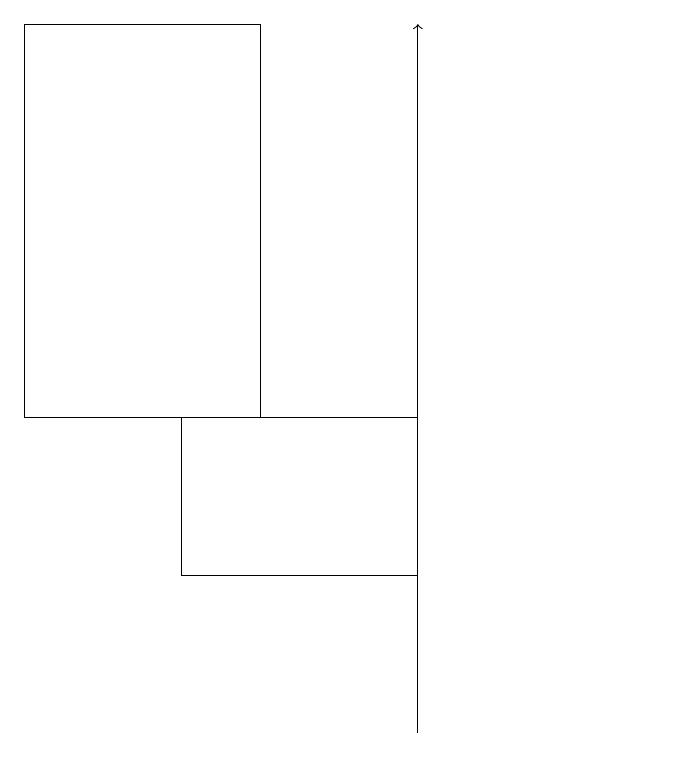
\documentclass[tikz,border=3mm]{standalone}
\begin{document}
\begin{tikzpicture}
\draw[->] (9,10) -- (9,19);
\draw (12,11) circle (0);
\draw (7,14) rectangle (4,19);
\draw (6,14) rectangle (9,12);
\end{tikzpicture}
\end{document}